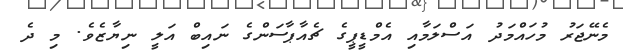
މެނޭޖަރު މުހައްމަދު އަސްލަމާއި އެމްޑީޕީގެ ޗެއާޕާސަންގެ ނައިބް އަލީ ނިޔާޒެވެ. މި ދެ